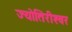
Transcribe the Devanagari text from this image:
ज्योतिरीश्‍वर